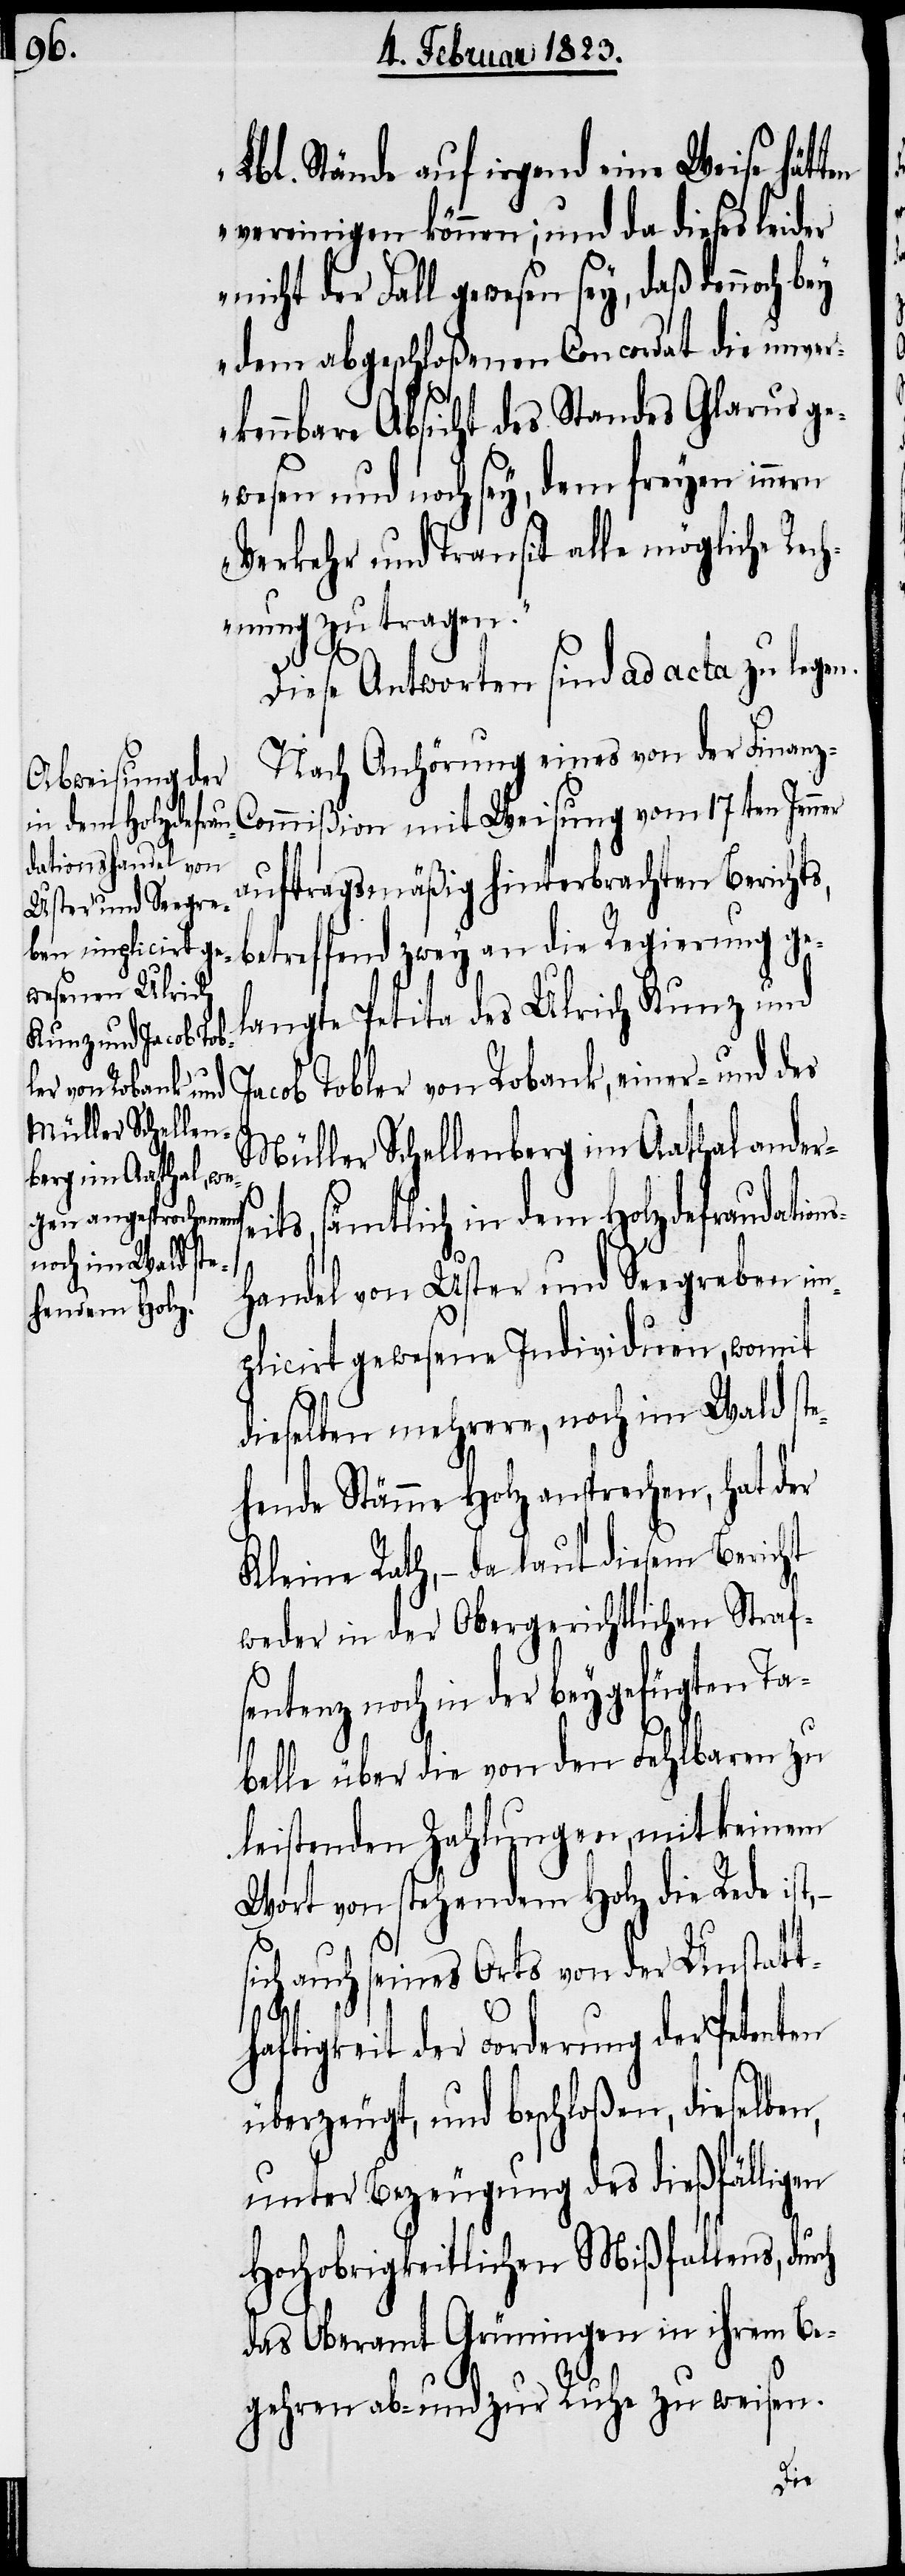
Lbl. Stände auf irgend eine Weise hätten
vereinigen können; und da dieses leider
nicht der Fall gewesen sey, daß dennoch b¬
ey dem abgeschloßenen Concordat die unver¬
kennbare Absicht des Standes Glarus ge¬
wesen und noch sey, dem freyen innern
Verkehr und Transit alle mögliche Rec¬
hnung zu tragen.“
Diese Antworten sind ad acta zu legen.
Nach Anhörung eines von der Finanz-C¬
ommißion mit Weisung vom 17ten Jenner
auftragsmäßig hinterbrachten Berichts,
betreffend zwey an die Regierung ge¬
langte Petita des Ulrich Kunz und
Jacob Tobler von Robank, einer- und des
Müller Schellenberg im Aathal ander¬
ts, sämtlich in dem Holzdefraudation¬
andel von Uster und Seegreben im¬
plicirt gewesene Individuen, womit
dieselben mehrere, noch im Wald ste¬
hende Stämme Holz ansprechen, hat der
Kleine Rath, – da laut diesem Bericht
weder in der Obergerichtlichen Straf¬
sentenz noch in der beygefügten Ta¬
belle über die von den Fehlbaren zu
leistenden Zahlungen, mit keinem
Wort von stehendem Holz die Rede ist,
ich auch seines Orts von der Unstatt¬
rch
haftigkeit der Forderung der Petenten
überzeugt, und beschloßen, dieselben,
unter Bezeugung des dießfälligen
Hochobrigkeitlichen Mißfallens, du¬
das Oberamt Grüningen in ihrem Be¬
gehren ab- und zur Ruhe zu weisen.